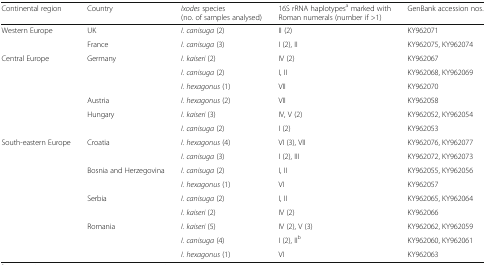
| Continental region | Country | Ixodes species (no. of samples analysed) | 16S rRNA haplotypesa marked with Roman numerals (number if >1) | GenBank accession nos. |
 | --- | --- | --- | --- | --- |
 | <ROWSPAN=2> Western Europe | UK | I. canisuga (2) | II (2) | KY962071 |
 | France | I. canisuga (3) | I (2), II | KY962075, KY962074 |
 | <ROWSPAN=6> Central Europe | <ROWSPAN=3> Germany | I. kaiseri (2) | IV (2) | KY962067 |
 | I. canisuga (2) | I, II | KY962068, KY962069 |
 | I. hexagonus (1) | VII | KY962070 |
 | Austria | I. hexagonus (2) | VII | KY962058 |
 | <ROWSPAN=2> Hungary | I. kaiseri (3) | IV, V (2) | KY962052, KY962054 |
 | I. canisuga (2) | I (2) | KY962053 |
 | <ROWSPAN=9> South-eastern Europe | <ROWSPAN=2> Croatia | I. hexagonus (4) | VI (3), VII | KY962076, KY962077 |
 | I. canisuga (3) | I (2), III | KY962072, KY962073 |
 | <ROWSPAN=2> Bosnia and Herzegovina | I. canisuga (2) | I, II | KY962055, KY962056 |
 | I. hexagonus (1) | VI | KY962057 |
 | <ROWSPAN=2> Serbia | I. canisuga (2) | I, II | KY962065, KY962064 |
 | I. kaiseri (2) | IV (2) | KY962066 |
 | <ROWSPAN=3> Romania | I. kaiseri (5) | IV (2), V (3) | KY962062, KY962059 |
 | I. canisuga (4) | I (2), IIb | KY962060, KY962061 |
 | I. hexagonus (1) | VI | KY962063 |